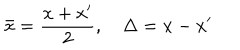
LaTeX: \bar { x } = { \frac { x + x ^ { \prime } } { 2 } } , \quad \Delta = x - x ^ { \prime }